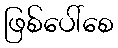
ဖြစ်ပေါ်စေ